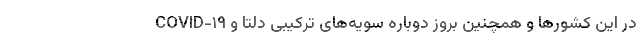
COVID-۱۹ در این کشورها و همچنین بروز دوباره سویه‌های ترکیبی دلتا و